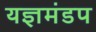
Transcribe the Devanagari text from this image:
यज्ञमंडप